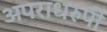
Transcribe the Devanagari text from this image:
अपराधरुपी